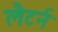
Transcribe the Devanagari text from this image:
लैटर्न